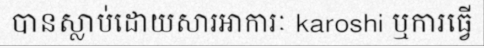
បានស្លាប់ដោយសារអាការៈ karoshi ឬការធ្វើ